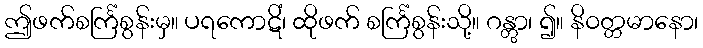
ဤဖက်စင်္ကြံစွန်းမှ။ ပရကောဋိံ၊ ထိုဖက် စင်္ကြံစွန်းသို့။ ဂန္တွာ၊ ၍။ နိဝတ္တမာနော၊